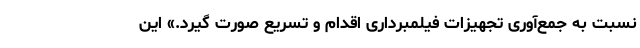
نسبت به جمع‌آوری تجهیزات فیلمبرداری اقدام و تسریع صورت گیرد.» این